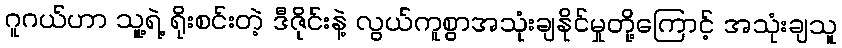
ဂူဂယ်ဟာ သူ့ရဲ့ ရိုးစင်းတဲ့ ဒီဇိုင်းနဲ့ လွယ်ကူစွာအသုံးချနိုင်မှုတို့ကြောင့် အသုံးချသူ